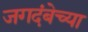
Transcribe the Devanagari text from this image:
जगदंबेच्या